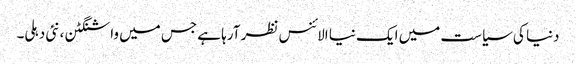
دنیا کی سیاست میں ایک نیا الائنس نظر آرہا ہے جس میں واشنگٹن ،نئی دہلی۔